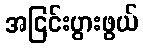
အငြင်းပွားဖွယ်